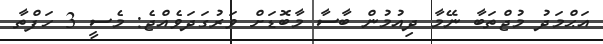
އަޙްމަދު މުޖްތަބާ ނޭމާ ދިއުމުން ބާސާ މާބޮޑަށް ވަރުގަދަވެއްޖެ: މެސީ 3 ހަފްތާ